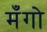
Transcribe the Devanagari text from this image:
मँगो